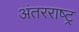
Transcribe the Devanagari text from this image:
अंतरराष्ट्र